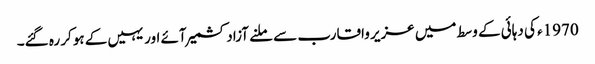
1970ء کی دہائی کے وسط میں عزیر واقارب سے ملنے آزادکشمیر آئے اور یہیں کے ہوکر رہ گئے۔